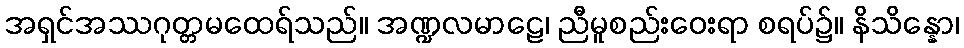
အရှင်အဿဂုတ္တမထေရ်သည်။ အဏ္ဍလမာဠေ၊ ညီမူစည်းဝေးရာ စရပ်၌။ နိသိန္နော၊